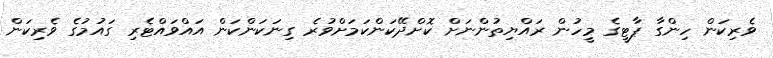
ވެރިކަން ހިންގާ ޕާޓީގެ މީހުން ރައްޔިތުންނަށް ކޮށްދޭކަންކަމަށްވުރެ ގިނަކަންކަން އައްވައްޓެރި ގައުމުގެ ވެރިކަން